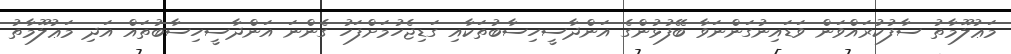
މަޢުލޫމާތު ސާފުކުރައްވަން ވަޑައިނުގަންނަވާ ބޭފުޅުންގެ އަންދާސީހިސާބުތަކާއި ގަޑިޖެހުމަށްފަހު ގެންނަ އަންދާސީހިސާބުތައް އަދި މަޢުލޫމާތު